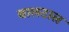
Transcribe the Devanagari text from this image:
बालटाल